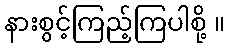
နားစွင့်ကြည့်ကြပါစို့ ။